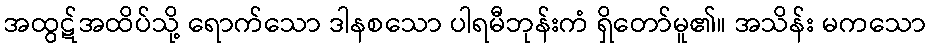
အထွဋ်အထိပ်သို့ ရောက်သော ဒါနစသော ပါရမီဘုန်းကံ ရှိတော်မူ၏။ အသိန်း မကသော